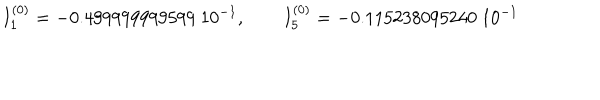
LaTeX: I _ { 1 } ^ { ( 0 ) } = - 0 . 4 9 9 9 9 9 9 9 9 5 9 9 \ 1 0 ^ { - 1 } , \qquad I _ { 5 } ^ { ( 0 ) } = - 0 . 1 1 5 2 3 8 0 9 5 2 4 0 \ 1 0 ^ { - 1 }